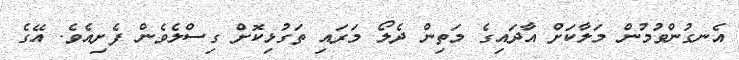
އެނގުންވުމުން މަލާކަށް އާދައިގެ މަތިން ދެލޯ މަރައި ތަގުޅިކޮށް ގިސްލެވެން ފެށިއެވެ. އޭގެ